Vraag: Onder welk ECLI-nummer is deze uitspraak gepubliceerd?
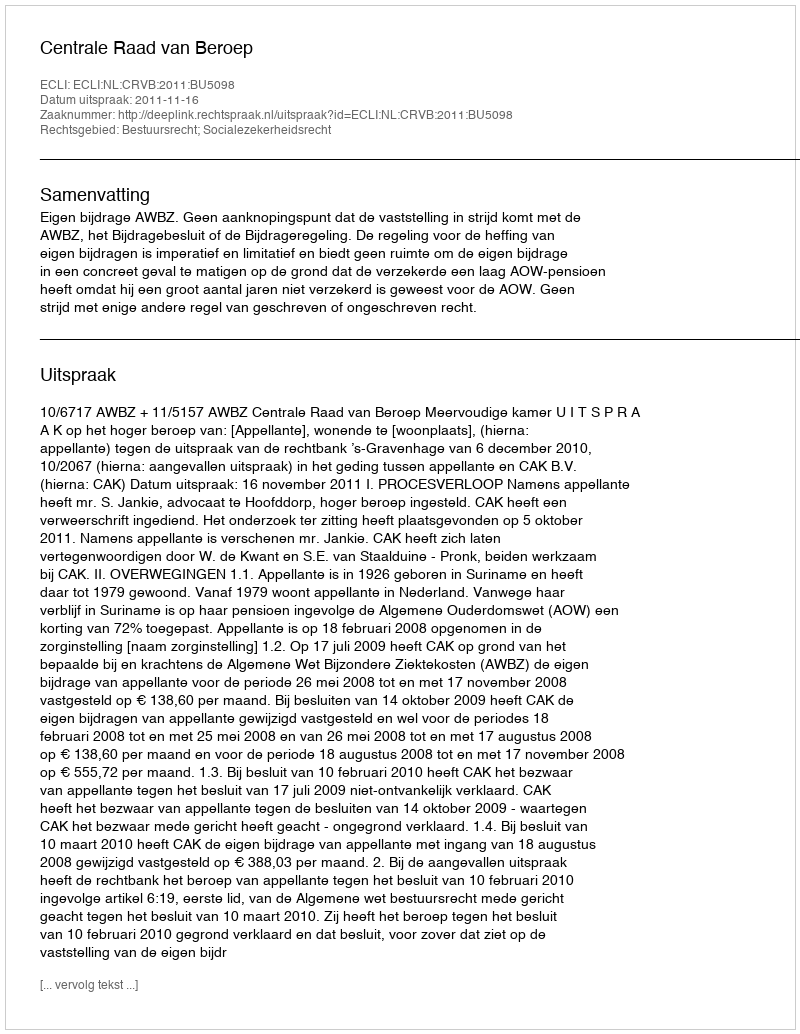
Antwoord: ECLI:NL:CRVB:2011:BU5098